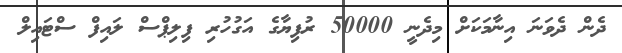
ދެން ދެވަނަ އިނާމަކަށް މިދެނީ 50000 ރުފިޔާގެ އަގުހުރި ފިލިޕްސް ލައިފް ސްޓައިލް